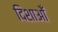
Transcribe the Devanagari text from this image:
दिशाओँ